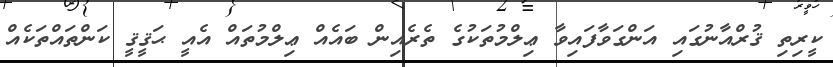
ކީރިތި ޤުރްއާނުގައި އަންގަވާފައިވާ ޢިލްމުތަކުގެ ތެރެއިން ބައެއް ޢިލްމުތައް އެއީ ޙަޤީޤީ ކަންތައްތަކެއް